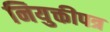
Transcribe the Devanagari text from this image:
नियुक्तीपत्र